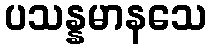
ပသန္နမာနသေ